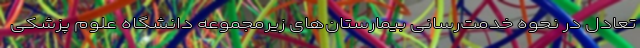
تعادل در نحوه خدمت‌رسانی بیمارستان‌های زیرمجموعه دانشگاه علوم پزشکی